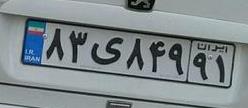
۸۳ی۸۴۹۹۱